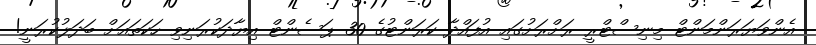
އެންވަޔަރަންމަންޓް މިނިސްޓްރީ ރަށްރަށުގައި އުފައްދާ ކަރަންޓުގެ 30 ޕަސެންޓް އިޔާދަކުރަނިވި ހަކަތައަށް ބަދަލުކުރަނީ!